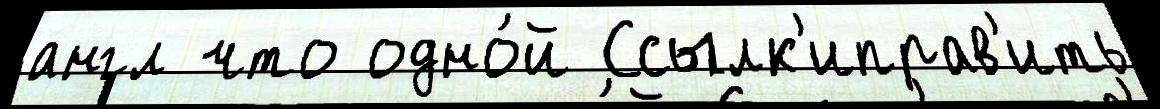
англ что одно́й Ссылк'иправ'ить